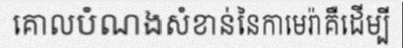
គោលបំណងសំខាន់នៃកាមេរ៉ាគឺដើម្បី